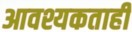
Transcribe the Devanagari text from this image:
आवश्यकताही